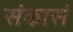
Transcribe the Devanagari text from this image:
संकासं